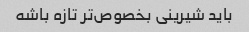
باید شیرینی بخصوص‌تر تازه باشه